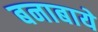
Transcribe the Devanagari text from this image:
बनाबाये